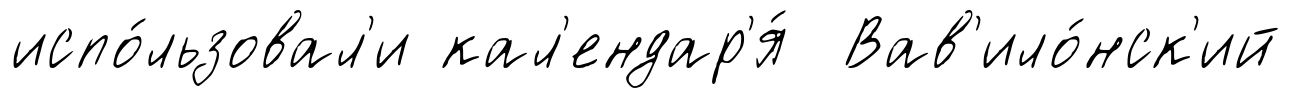
испо́льзовал'и кал'ендар'я́ Вав'ило́нск'ий